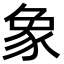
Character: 象